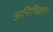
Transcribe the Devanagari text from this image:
अनिच्छित।